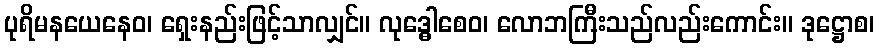
ပုရိမနယေနေဝ၊ ရှေးနည်းဖြင့်သာလျှင်။ လုဒ္ဓေါစေဝ၊ လောဘကြီးသည်လည်းကောင်း။ ဒုဋ္ဌောစ၊